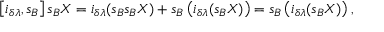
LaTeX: \left[ i _ { \delta \lambda } , s _ { B } \right] s _ { B } X = i _ { \delta \lambda } ( s _ { B } s _ { B } X ) + s _ { B } \left( i _ { \delta \lambda } ( s _ { B } X ) \right) = s _ { B } \left( i _ { \delta \lambda } ( s _ { B } X ) \right) ,